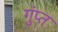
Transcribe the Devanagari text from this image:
गुंप्त